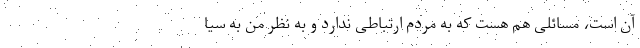
آن است، مسائلی هم هست که به مردم ارتباطی ندارد و به نظر من به سیا